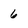
Character: 6